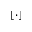
\lfloor \cdot \rfloor